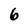
Character: 6